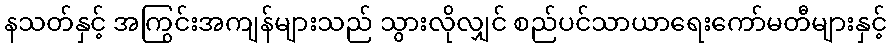
နသတ်နှင့် အကြွင်းအကျန်များသည် သွားလိုလျှင် စည်ပင်သာယာရေးကော်မတီများနှင့်